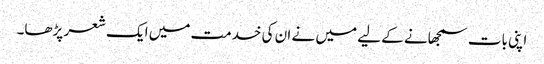
اپنی بات سمجھانے کے لیے میں نے ان کی خدمت میں ایک شعر پڑھا۔